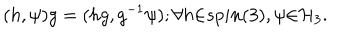
( h , \psi ) g = ( h g , g ^ { - 1 } \psi ) ; { \forall } h { \in } s p i n ( 3 ) , \psi { \in } { \cal H } _ { 3 } .